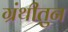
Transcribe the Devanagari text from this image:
ग्रंथीतुन